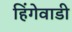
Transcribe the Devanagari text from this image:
हिंगेवाडी